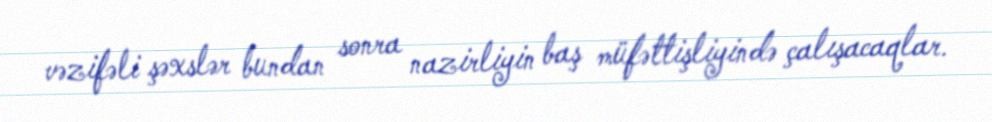
vəzifəli şəxslər bundan sonra nazirliyin baş müfəttişliyində çalışacaqlar.